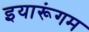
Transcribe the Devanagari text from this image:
इयारूंगम